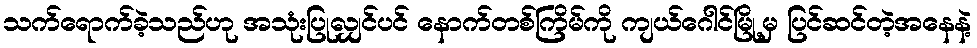
သက်ရောက်ခဲ့သည်ဟု အသုံးပြုလျှင်ပင် နောက်တစ်ကြိမ်ကို ကျယ်ဂေါင်မြို့မှ ပြင်ဆင်တဲ့အနေနဲ့